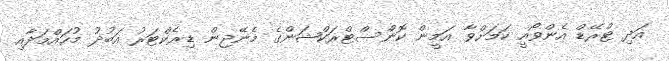
އަދި ޓްރޭޑް އެންވޯއީ ކަމަށްވާ އަމީން ކޮންސްޓްރަކްޝަންގެ މެނޭޖިން ޑިރެކްޓަރު އަބުދު މުހައްމަދާއި